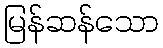
မြန်ဆန်သော